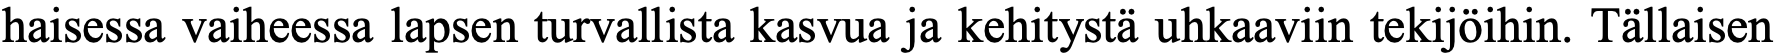
haisessa vaiheessa lapsen turvallista kasvua ja kehitystä uhkaaviin tekijöihin. Tällaisen